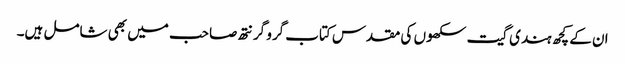
ان کے کچھ ہندی گیت سکھوں کی مقدس کتاب گرو گرنتھ صاحب میں بھی شامل ہیں۔